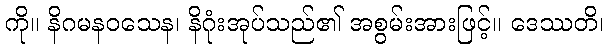
ကို။ နိဂမနဝသေန၊ နိဂုံးအုပ်သည်၏ အစွမ်းအားဖြင့်။ ဒေဿတိ၊